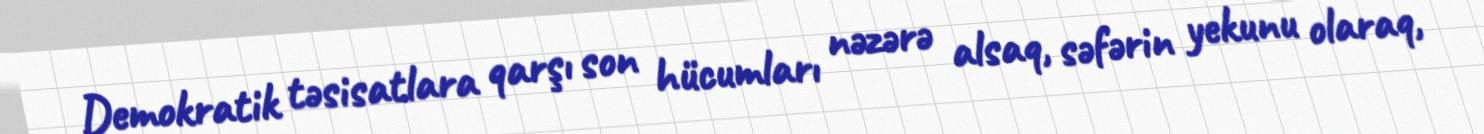
Demokratik təsisatlara qarşı son hücumları nəzərə alsaq, səfərin yekunu olaraq,